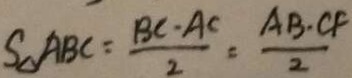
S _ { \Delta } A B C = \frac { B C \cdot A C } { 2 } = \frac { A B \cdot C F } { 2 }